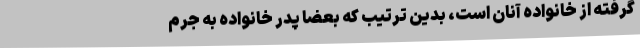
گرفته از خانواده آنان است، بدین ترتیب که بعضاً پدر خانواده به جرم